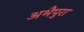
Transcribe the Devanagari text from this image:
अभैपुरा